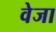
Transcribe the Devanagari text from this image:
वेजा